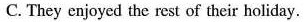
C. They enjoyed the rest of their holiday.